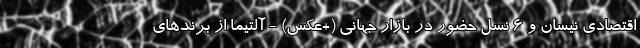
اقتصادی نیسان و 6 نسل حضور در بازار جهانی (+عکس) - آلتیما از برندهای